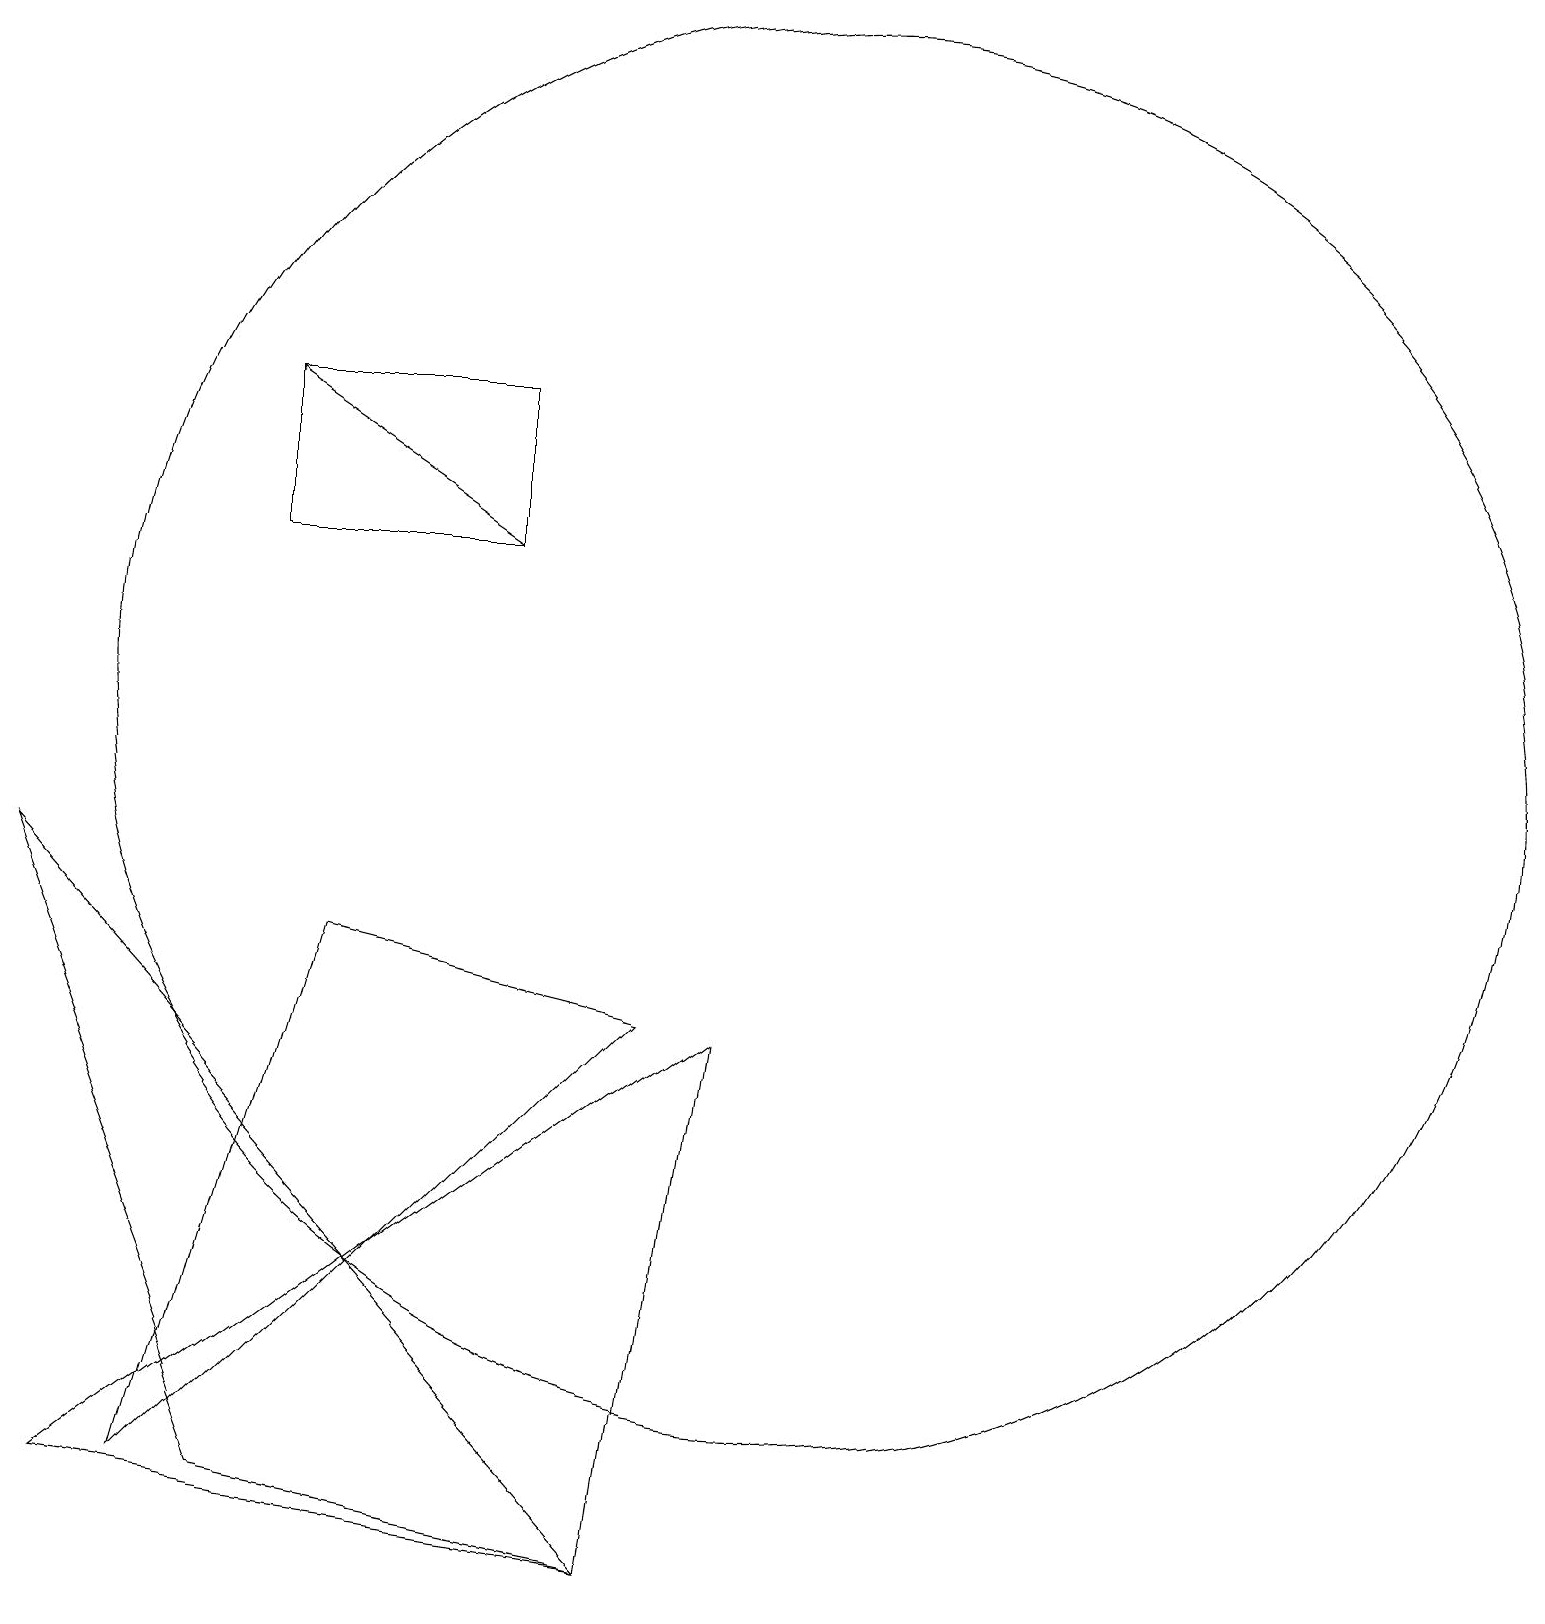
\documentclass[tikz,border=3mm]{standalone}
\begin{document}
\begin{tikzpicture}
\draw (8,0) -- (9,7) -- (1,1) -- cycle;
\draw (3,15) rectangle (6,13);
\draw (10,11) circle (9);
\draw (2,1) -- (4,8) -- (8,7) -- cycle;
\draw[->] (6,13) -- (3,15);
\draw (0,9) -- (3,1) -- (8,0) -- cycle;
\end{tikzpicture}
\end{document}